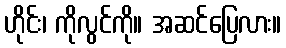
ဟိုင်း၊ ကိုလွင်ကို။ အဆင်ပြေလား။